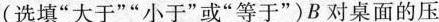
(选填”大于””小于”或”等于”)B对桌面的压